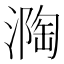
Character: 𭲏